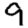
Digit: 9